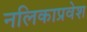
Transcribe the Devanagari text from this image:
नलिकाप्रवेश